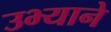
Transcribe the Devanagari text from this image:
उभ्याने